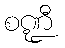
စဏ္ဍီ